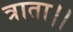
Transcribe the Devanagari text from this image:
त्राता।।